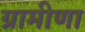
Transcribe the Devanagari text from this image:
ग्रामीणा